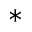
^ *